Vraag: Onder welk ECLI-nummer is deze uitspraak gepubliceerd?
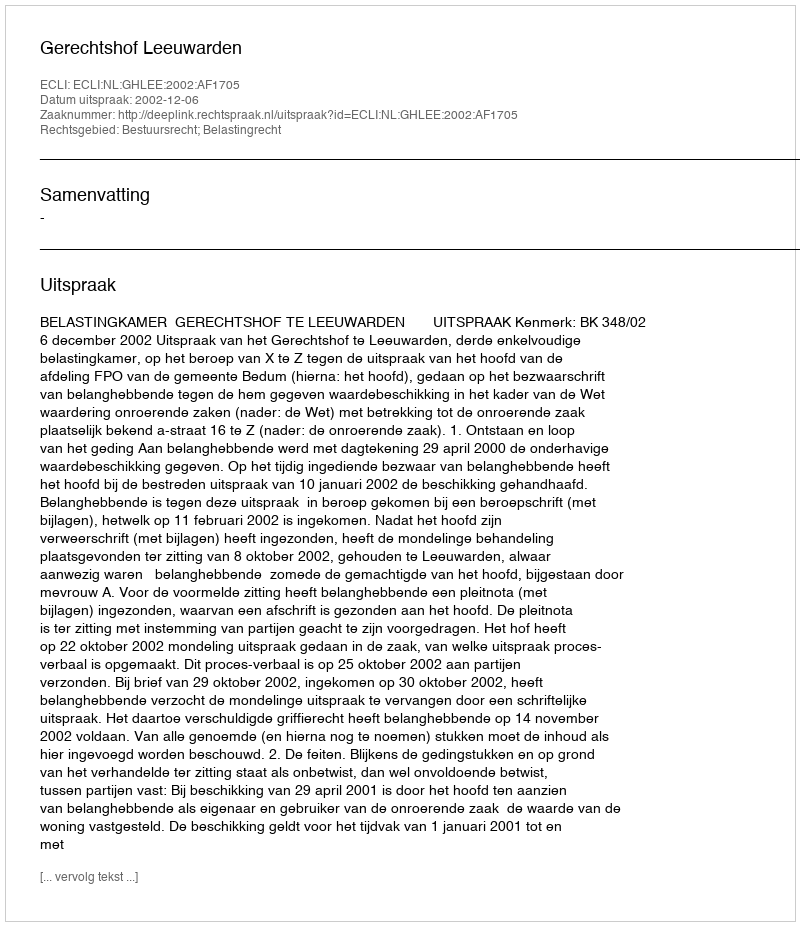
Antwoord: ECLI:NL:GHLEE:2002:AF1705